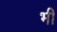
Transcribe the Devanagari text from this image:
भी